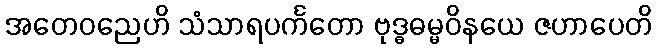
အတေဝညေဟိ သံသာရပင်္ကတော ဗုဒ္ဓဓမ္မဝိနယေ ဇဟာပေတိ